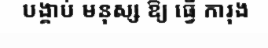
បង្គាប់ មនុស្ស ឱ្យ ធ្វើ ការុង